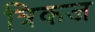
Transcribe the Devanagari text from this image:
त्रिकज